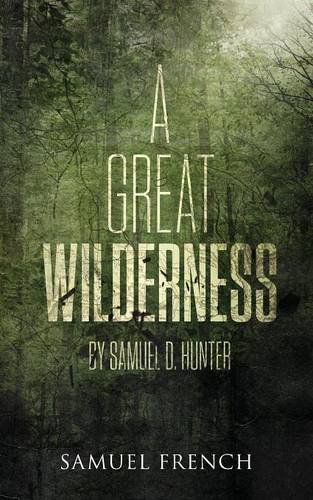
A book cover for Great Wilderness, A; Samuel D Hunter; Literature & Fiction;